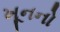
ખૂનનો